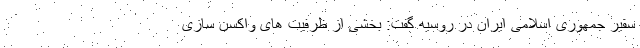
سفیر جمهوری اسلامی ایران در روسیه گفت: بخشی از ظرفیت های واکسن سازی